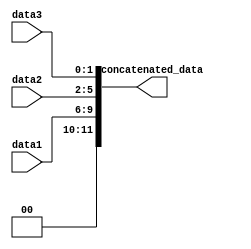
module concat_example (
    input [3:0] data1,
    input [3:0] data2,
    input [1:0] data3,
    output [11:0] concatenated_data
);

assign concatenated_data = {data1, data2, data3};

endmodule